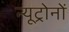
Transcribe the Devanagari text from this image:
न्यूट्रोनों